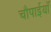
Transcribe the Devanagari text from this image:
चौपाईयाँ